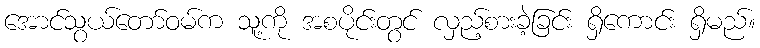
အောင်သွယ်တော်ဝမ်က သူ့ကို အစပိုင်းတွင် လှည့်စားခဲ့ခြင်း ရှိကောင်း ရှိမည်။